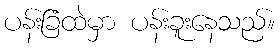
ပန်းခြံထဲမှာ ပန်းခူးနေသည်။